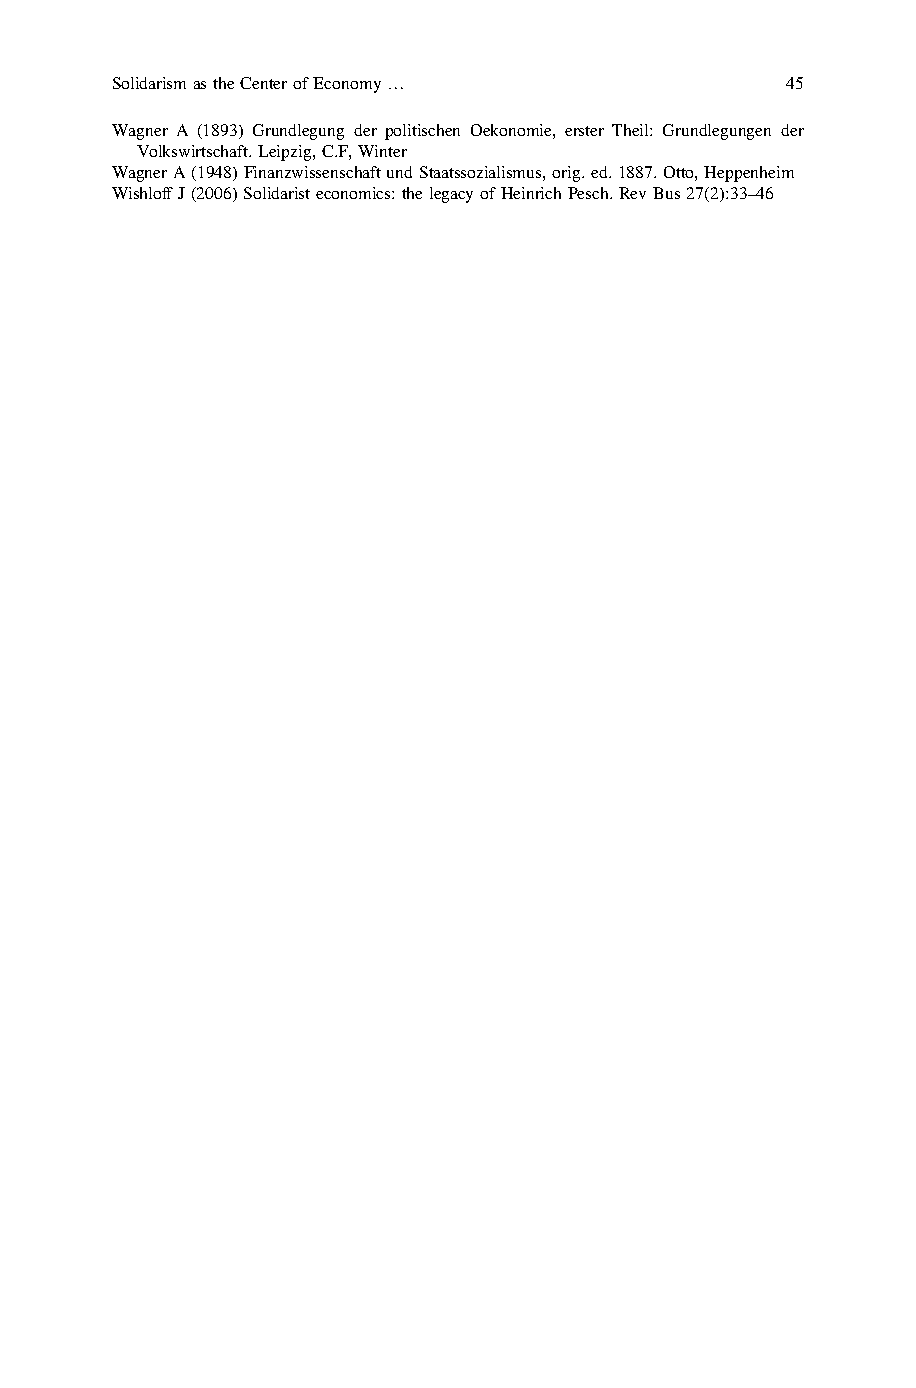
SolidarismastheCenterofEconomy…              45
 Wagner A (1893) Grundlegung der politischen Oekonomie, erster Theil: Grundlegungen der
 Volkswirtschaft.Leipzig,C.F,Winter
 WagnerA(1948)FinanzwissenschaftundStaatssozialismus,orig.ed.1887.Otto,Heppenheim
 WishloffJ(2006)Solidaristeconomics:thelegacyofHeinrichPesch.RevBus27(2):33–46